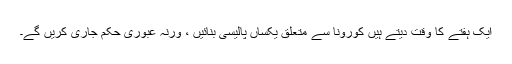
ایک ہفتے کا وقت دیتے ہیں کورونا سے متعلق یکساں پالیسی بنائیں ، ورنہ عبوری حکم جاری کریں گے۔